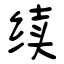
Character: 续